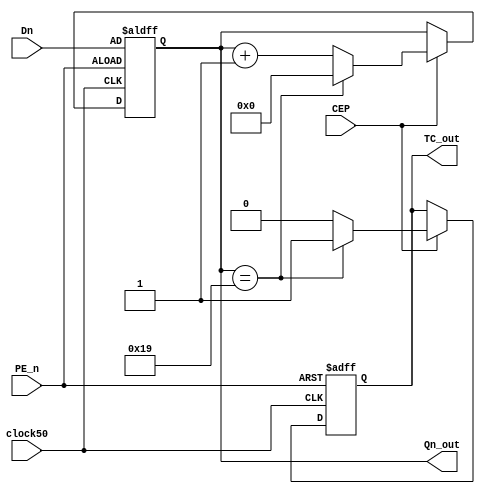

module myCount(CEP, PE_n, Dn, clock50, Qn_out, TC_out);

parameter counterwidth = 5; //specify the size/duration of counter
parameter countFinish = 25;
//parameter offset = 0;

	input CEP;// Count enable
	input PE_n; // Parallel load enable
	input [counterwidth-1:0] Dn; // Parallel load value
	input clock50; // System clock
	output [counterwidth-1:0] Qn_out; // Current count value
	output TC_out; // Count Complete
	reg regTC;


// Rather than using a 'state machine' approach, using arithmetic operations
reg  [counterwidth-1:0] counterValue;

always @(posedge(clock50), negedge(PE_n))
	begin
		// First setup the reset characteristics
		if(PE_n == 1'b0)
			begin
				// Preload functionality.
				counterValue[counterwidth-1:0] = Dn[counterwidth-1:0];
				regTC = 0;
			end
		else if(CEP == 1'b1)
			begin
				// The count is active, so check to
				// see whether it has expired.
				if(counterValue == countFinish)
					begin
						counterValue = 0;
						regTC = 1;
					end
				else
					begin
						counterValue = counterValue + 1'b1;
						regTC = 0;
					end
			end
		else
			begin
				// Hold condition.
			counterValue = counterValue;
			regTC = regTC;
			end
	end
	
// Final assignment
assign Qn_out = counterValue;
assign TC_out = regTC;
endmodule